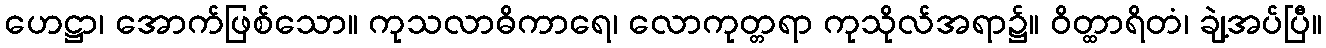
ဟေဋ္ဌာ၊ အောက်ဖြစ်သော။ ကုသလာဓိကာရေ၊ လောကုတ္တရာ ကုသိုလ်အရာ၌။ ဝိတ္ထာရိတံ၊ ချဲ့အပ်ပြီ။